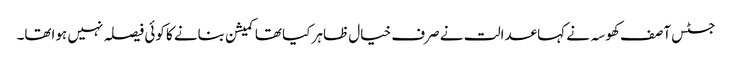
جسٹس آصف کھوسہ نے کہا عدالت نے صرف خیال ظاہر کیا تھا کمیشن بنانے کا کوئی فیصلہ نہیں ہواتھا۔